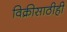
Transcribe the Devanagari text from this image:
विक्रीसाठीही